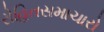
રોહિતસમાચારો